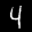
Label: 4